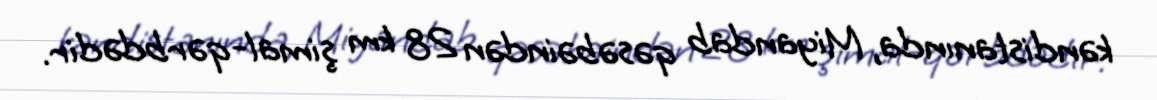
kəndistanında, Miyandab qəsəbəindən 28 km şimal-qərbdədir.